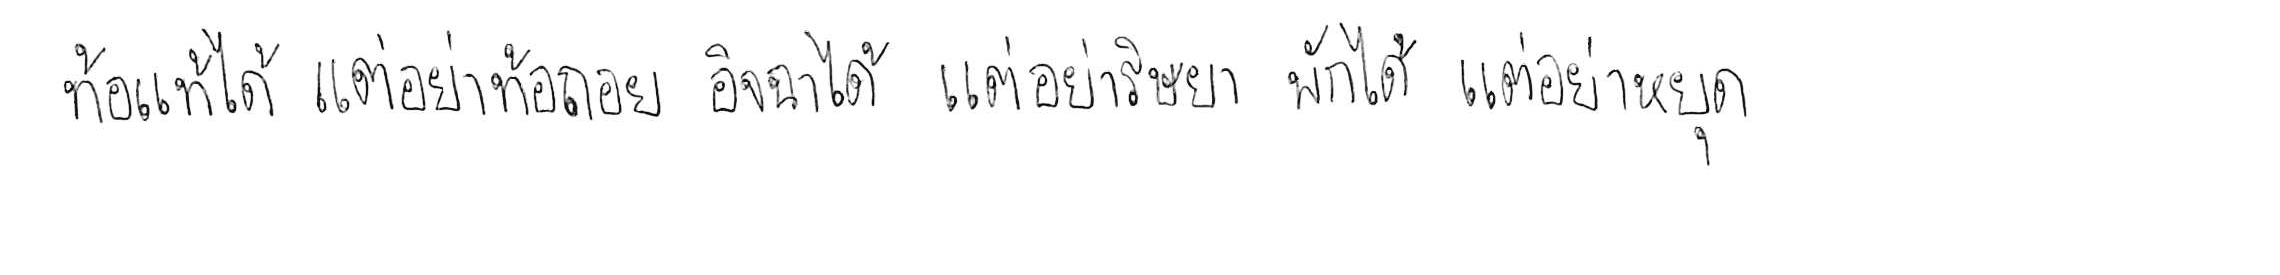
ท้อแท้ได้ แต่อย่าท้อถอย อิจฉาได้ แต่อย่าริษยา พักได้ แต่อย่าหยุด